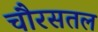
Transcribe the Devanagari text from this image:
चौरसतल